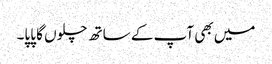
میں بھی آپ کے ساتھ چلوں گا پاپا۔